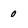
Character: 0